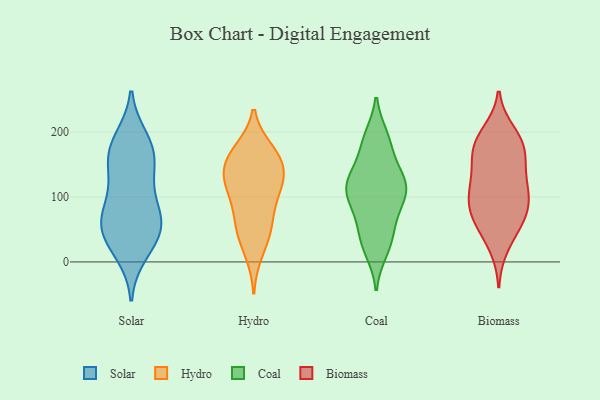
{"axis": {"x": "Inventory Turnover", "y": "Value"}, "legend": ["Biomass", "Coal", "Hydro", "Solar"], "data": [{"x": "", "y": 168, "type": "Solar"}, {"x": "", "y": 35, "type": "Solar"}, {"x": "", "y": 90, "type": "Solar"}, {"x": "", "y": 173, "type": "Solar"}, {"x": "", "y": 62, "type": "Solar"}, {"x": "", "y": 131, "type": "Solar"}, {"x": "", "y": 69, "type": "Solar"}, {"x": "", "y": 59, "type": "Solar"}, {"x": "", "y": 15, "type": "Solar"}, {"x": "", "y": 134, "type": "Solar"}, {"x": "", "y": 36, "type": "Solar"}, {"x": "", "y": 188, "type": "Solar"}, {"x": "", "y": 64, "type": "Solar"}, {"x": "", "y": 171, "type": "Solar"}, {"x": "", "y": 14, "type": "Hydro"}, {"x": "", "y": 52, "type": "Hydro"}, {"x": "", "y": 162, "type": "Hydro"}, {"x": "", "y": 129, "type": "Hydro"}, {"x": "", "y": 124, "type": "Hydro"}, {"x": "", "y": 109, "type": "Hydro"}, {"x": "", "y": 151, "type": "Hydro"}, {"x": "", "y": 55, "type": "Hydro"}, {"x": "", "y": 50, "type": "Hydro"}, {"x": "", "y": 113, "type": "Hydro"}, {"x": "", "y": 171, "type": "Hydro"}, {"x": "", "y": 145, "type": "Hydro"}, {"x": "", "y": 168, "type": "Hydro"}, {"x": "", "y": 91, "type": "Hydro"}, {"x": "", "y": 31, "type": "Coal"}, {"x": "", "y": 126, "type": "Coal"}, {"x": "", "y": 67, "type": "Coal"}, {"x": "", "y": 121, "type": "Coal"}, {"x": "", "y": 87, "type": "Coal"}, {"x": "", "y": 193, "type": "Coal"}, {"x": "", "y": 45, "type": "Coal"}, {"x": "", "y": 163, "type": "Coal"}, {"x": "", "y": 119, "type": "Coal"}, {"x": "", "y": 188, "type": "Coal"}, {"x": "", "y": 131, "type": "Coal"}, {"x": "", "y": 100, "type": "Coal"}, {"x": "", "y": 16, "type": "Coal"}, {"x": "", "y": 104, "type": "Coal"}, {"x": "", "y": 132, "type": "Biomass"}, {"x": "", "y": 175, "type": "Biomass"}, {"x": "", "y": 156, "type": "Biomass"}, {"x": "", "y": 83, "type": "Biomass"}, {"x": "", "y": 186, "type": "Biomass"}, {"x": "", "y": 175, "type": "Biomass"}, {"x": "", "y": 63, "type": "Biomass"}, {"x": "", "y": 24, "type": "Biomass"}, {"x": "", "y": 187, "type": "Biomass"}, {"x": "", "y": 199, "type": "Biomass"}, {"x": "", "y": 105, "type": "Biomass"}, {"x": "", "y": 64, "type": "Biomass"}, {"x": "", "y": 148, "type": "Biomass"}, {"x": "", "y": 50, "type": "Biomass"}, {"x": "", "y": 96, "type": "Biomass"}, {"x": "", "y": 80, "type": "Biomass"}, {"x": "", "y": 108, "type": "Biomass"}, {"x": "", "y": 114, "type": "Biomass"}]}